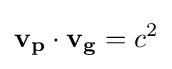
\mathbf {v_{p}} \cdot \mathbf {v_{g}} =c^{2}